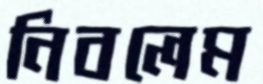
নিবলেম